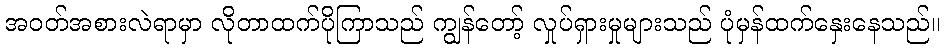
အဝတ်အစားလဲရာမှာ လိုတာထက်ပိုကြာသည် ကျွန်တော့် လှုပ်ရှားမှုများသည် ပုံမှန်ထက်နှေးနေသည်။